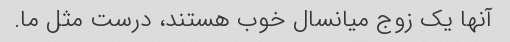
آنها یک زوج میانسال خوب هستند، درست مثل ما.